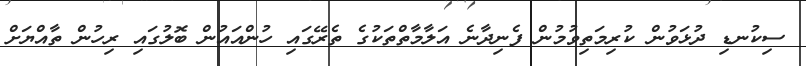
ސިކުނޑި ދުޅަވުން ކުރިމަތިވުމުން ފެނިދާނެ އަލާމާތްތަކުގެ ތެރޭގައި ހުންއައުން ބޮލުގައި ރިހުން ތާއްޔަށް